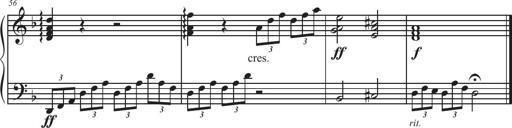
Title: Sonatina Espania
Composer: Jerald Franklin Archer
Key: Various